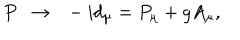
LaTeX: P \ \ \rightarrow \ \ - i d _ { \mu } = P _ { \mu } + g A _ { \mu } , \nonumber